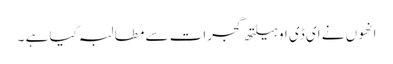
انھوں نے ای ڈی او ہیلتھ گجرات سے مطالبہ کیا ہے ۔